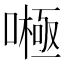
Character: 𱔶